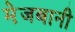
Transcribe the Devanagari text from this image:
मे़जबानी